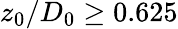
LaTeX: z_{0}/D_{0}\ge 0.625